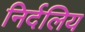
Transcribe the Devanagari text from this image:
निर्दलिय